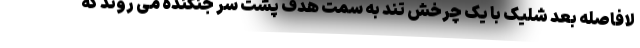
لافاصله بعد شلیک با یک چرخش تند به سمت هدف پشت سر جنگنده می روند که